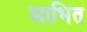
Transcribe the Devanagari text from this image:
साभित